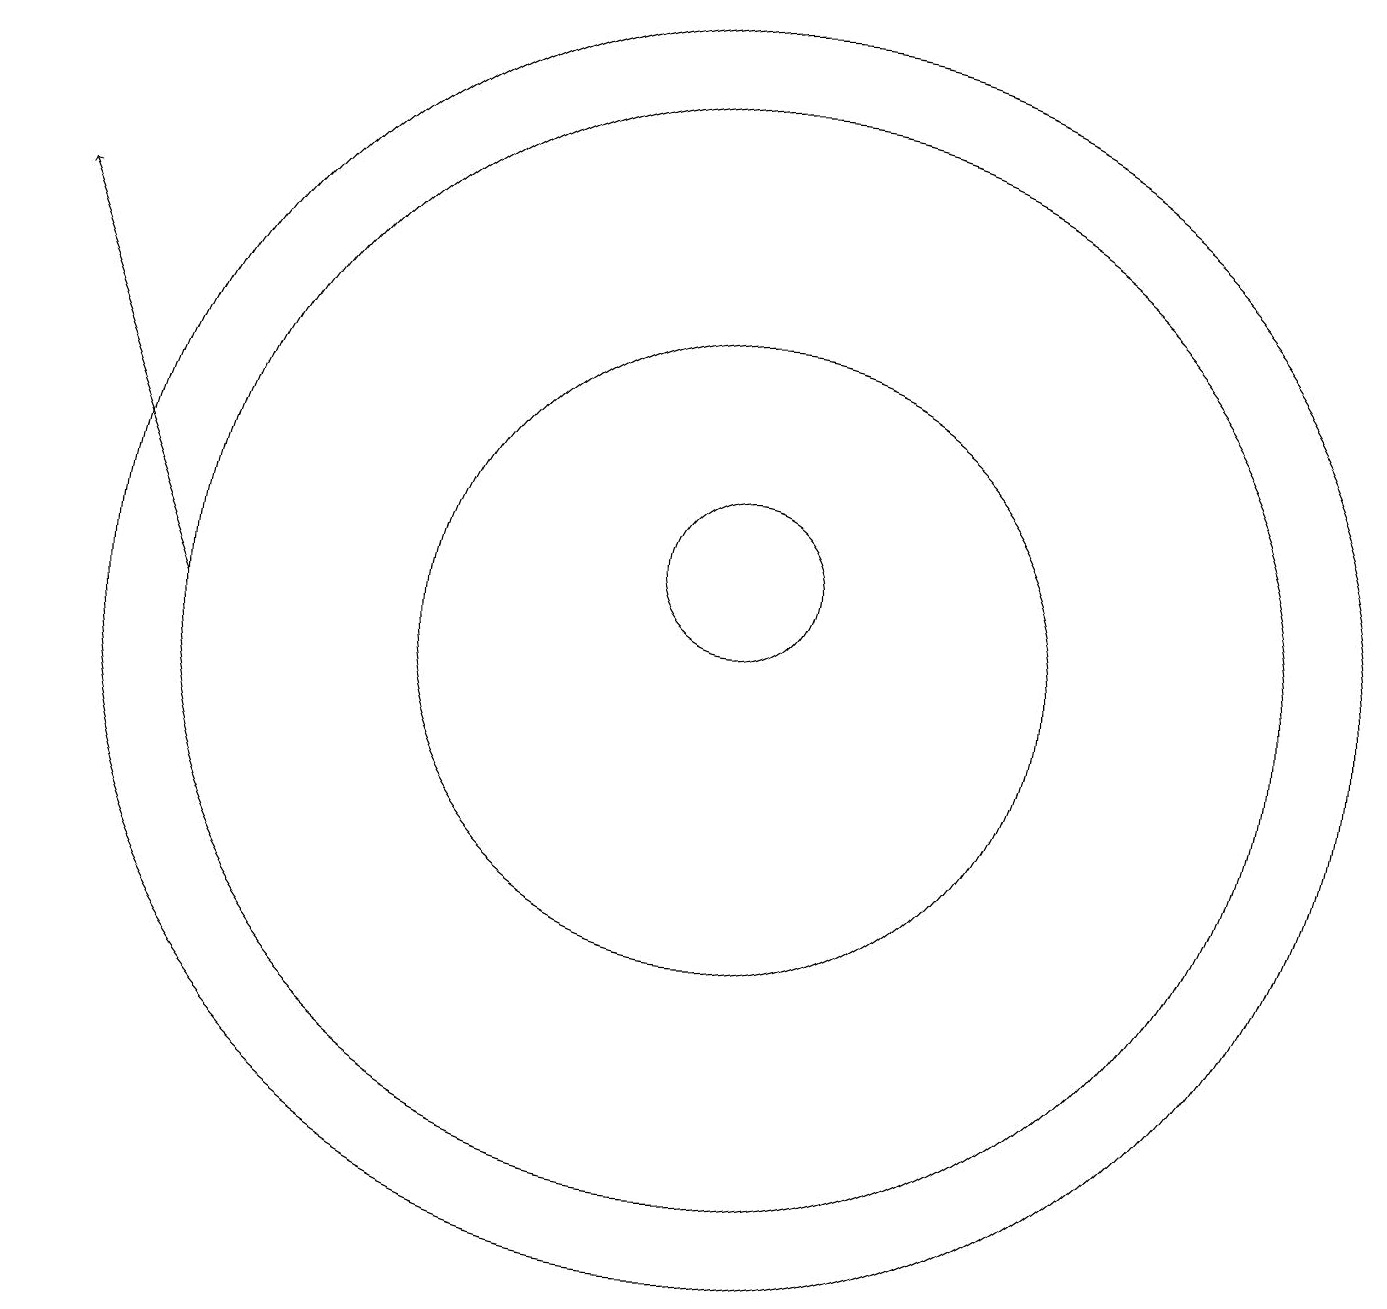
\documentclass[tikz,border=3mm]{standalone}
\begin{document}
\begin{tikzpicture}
\draw[->] (5,10) -- (3,15);
\draw (12,10) circle (4);
\draw (12,10) circle (8);
\draw (12,11) circle (1);
\draw (12,10) circle (7);
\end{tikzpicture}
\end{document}